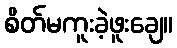
စိတ်မကူးခဲ့ဖူးချေ။